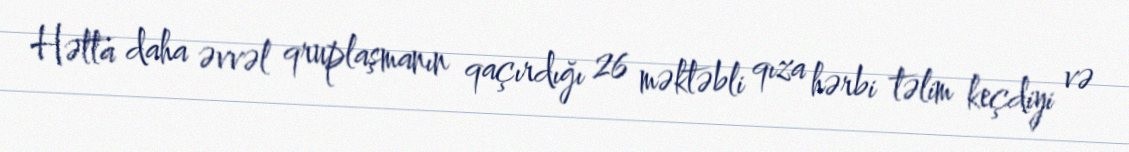
Hətta daha əvvəl qruplaşmanın qaçırdığı 26 məktəbli qıza hərbi təlim keçdiyi və